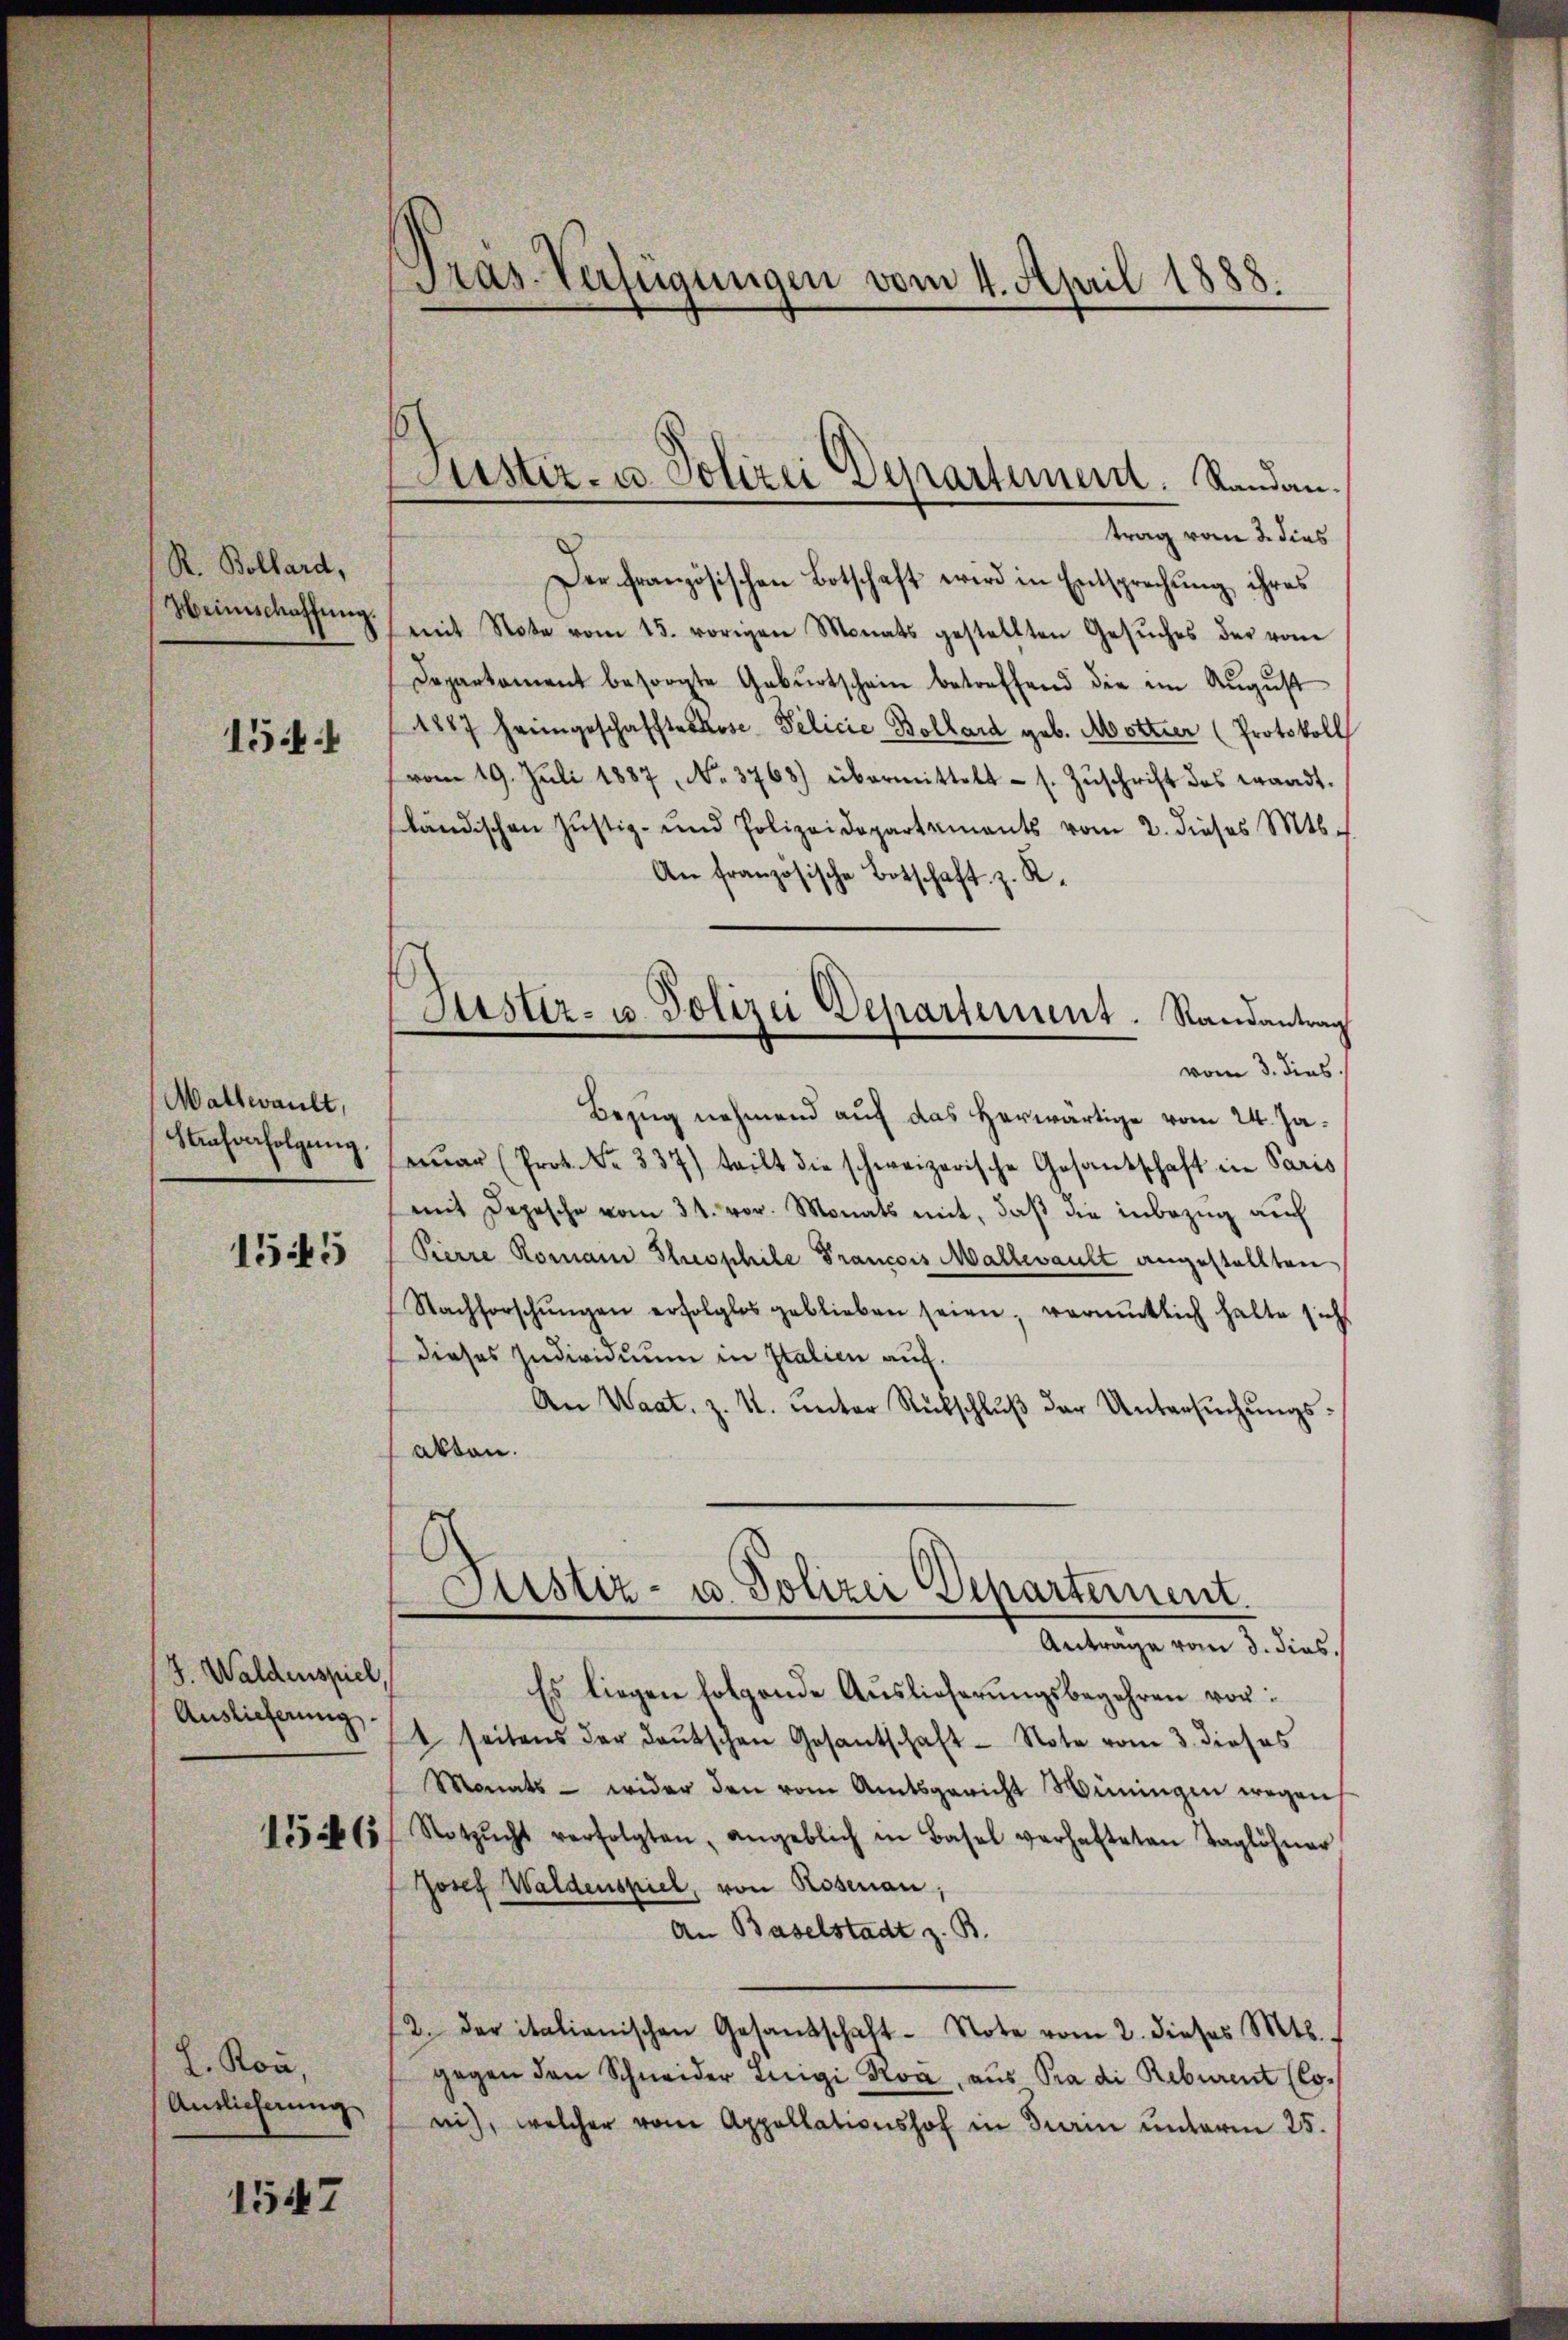
R. Bollard,
Weinschaffŭng.

154:

Mallwault,
Strafverfolgung.

1545

J. Waldenspiel,
Auslieferung

1546

. Ron,
Auslieferung

1547

Pras-Verfügungen vom 4. April 1888.

Justiz- u. Polizei Departier. Sandau.

Justiz- u. Polizei Departement. Randantrag

trag vom 2. dies
Der französischen Botschaft wird in Entsprechung ihres
mit Note vom 15. vorigen Monats gestellten Gesŭches der vom
Departament besorgte Gebŭrtschein betreffend die im August
1887 heimgeschaffte Kose Pelicie Bollard geb. Motter (Protokoll
vom 19. Juli 1887, No. 3763) übermittelt - s. Zŭschrift des Brandt-
ländischen Justiz- und Polizeidepartements vom 2. dieses Mts.
An französische Botschaft z. R.
vom 3. dies
Bezug nehmend auf das herwärtige vom 24. Jaŭar (Prot. Nr. 337) teilt die schweizerische Gesandschaft in Paris
mit Depesche vom 31. vor. Monats mit, daß die inbezug auch
Pierre Romani Thesphile Francois Mallwault angestellten
Nachforschŭngen erfolglos geblieben seien, vermutlich hatte sich
dieses Individuum in Italien auf.
An Waat, z. K. unter Rückschluß der Untersuchungsakten.
¬
Fürstiz- u. Polizei Departernent.
Antrage vom 3. dies
Es liegen folgende Auslieferungsbegehren vor:
t seitens der deutschen Gesantschaft - Note vom 3. dieses
Monats - wider den vom Amtsgericht Winingen wegen
Notzŭcht verfolgten, angeblich in Basel verhafteten Taglöhner
Josef Waldenspiel, von Rosenian,
An Baselstadt z. B.
12. der italienischen Gesandschaft Note vom 2. dieses Mts.
gegen den Schneider Luigi Kva, aus Pra di Reburent (Co-
nih, welcher vom Appellationshof in diarin unterm 25.